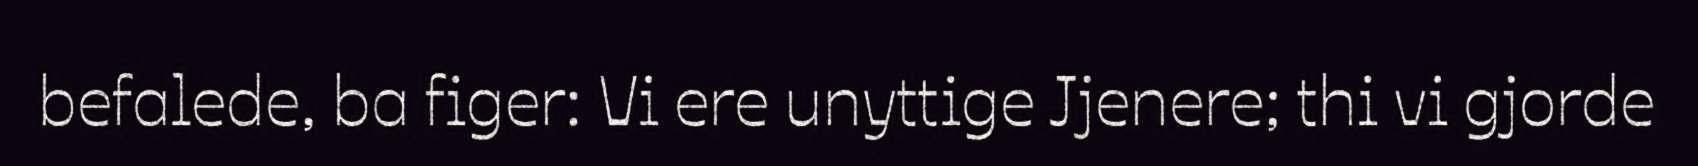
befalede, ba figer: Vi ere unyttige Jjenere; thi vi gjorde